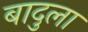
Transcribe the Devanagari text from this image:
बादुला